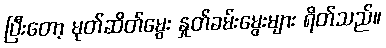
ပြီးတော့ မုတ်ဆိတ်မွေး နှုတ်ခမ်းမွေးများ ရိတ်သည်။